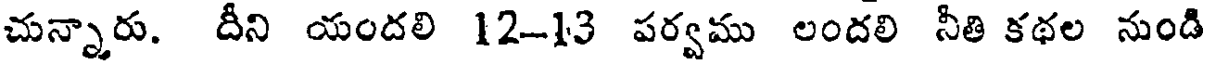
చున్నారు. దీని యందలి 12-13 పర్వము లందలి నీతి కథల నుండి